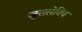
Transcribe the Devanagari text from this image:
जुरासेविच